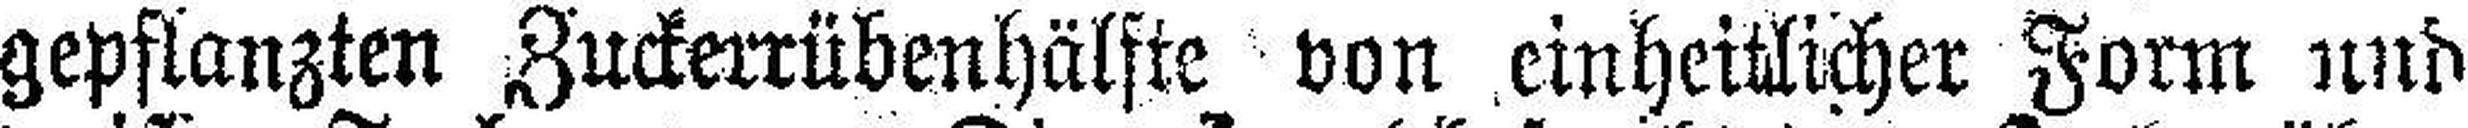
gepflanzten Zuckerrübenhälfte von einheitlicher Form und